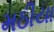
મઠીયા